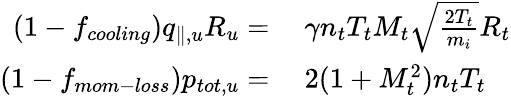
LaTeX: \begin{array}{rl}{(1-f_{cooling})q_{\parallel,u}R_{u}=}&{{}~\gamma n_{t}T_{t}M_{t}\sqrt{\frac{2T_{t}}{m_{i}}}R_{t}}\\ {(1-f_{mom-loss})p_{tot,u}=}&{{}~2(1+M_{t}^{2})n_{t}T_{t}}\end{array}